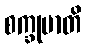
စက္ခုမာတိ